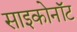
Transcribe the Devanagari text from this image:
साइकोनॉट